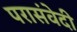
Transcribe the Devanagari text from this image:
परासंवेदी